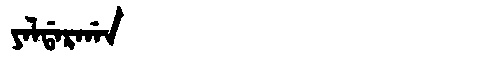
Manchu: ᠶᠠᠯᡩᠠᡵᡤᠠᠨ
Romanization: YALDARGAN